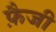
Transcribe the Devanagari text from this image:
फ़ैजी